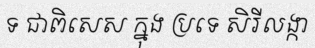
ទ ជាពិសេស ក្នុង ប្រទេ សិរីលង្កា